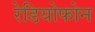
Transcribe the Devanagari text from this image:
रेडियोफोन